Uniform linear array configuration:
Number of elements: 8
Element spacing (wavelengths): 0.5
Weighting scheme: binomial
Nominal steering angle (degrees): -45
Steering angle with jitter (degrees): -46.511
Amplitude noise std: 0.05
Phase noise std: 0.05

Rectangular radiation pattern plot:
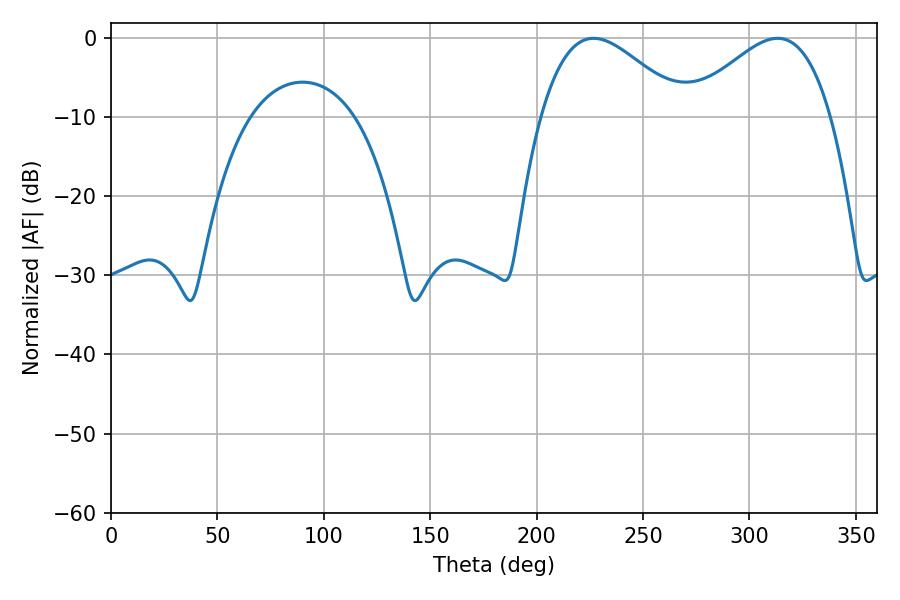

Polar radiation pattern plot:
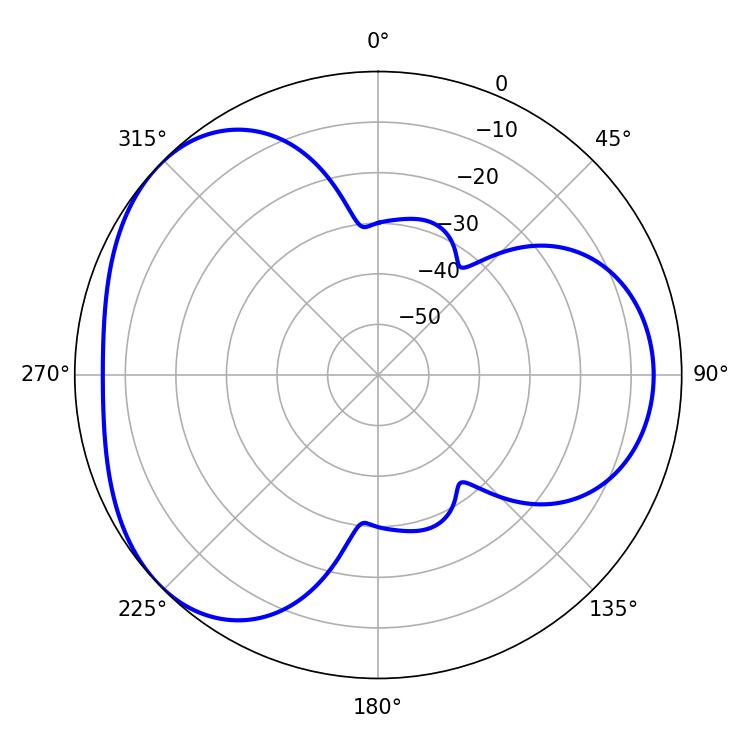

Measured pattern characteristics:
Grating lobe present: FALSE
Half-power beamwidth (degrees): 36.18
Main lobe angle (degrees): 226.8